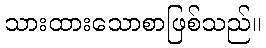
သားထားသောစာဖြစ်သည်။